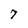
Character: 7